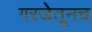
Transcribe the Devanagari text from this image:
गरजेतूनच